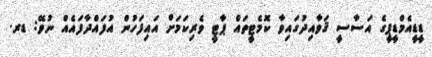
ޑީޑީއެމްޑީޕީގެ އަސާސީ ޤަވާއިދުގައިވާ ކޮމެޓީތައް ޕާޓީ ވެރިކަމަށް އައިފަހުން އުފައްދާފައެއް ނުވޭ: ޑރ.